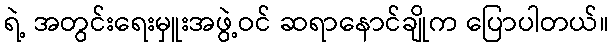
ရဲ့ အတွင်းရေးမှူးအဖွဲ့ဝင် ဆရာနောင်ချိုက ပြောပါတယ်။